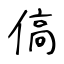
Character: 傐